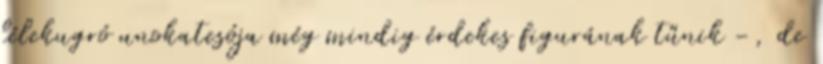
lélekugró unokatesója még mindig érdekes figurának tűnik -, de